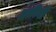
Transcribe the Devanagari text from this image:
अकीनी